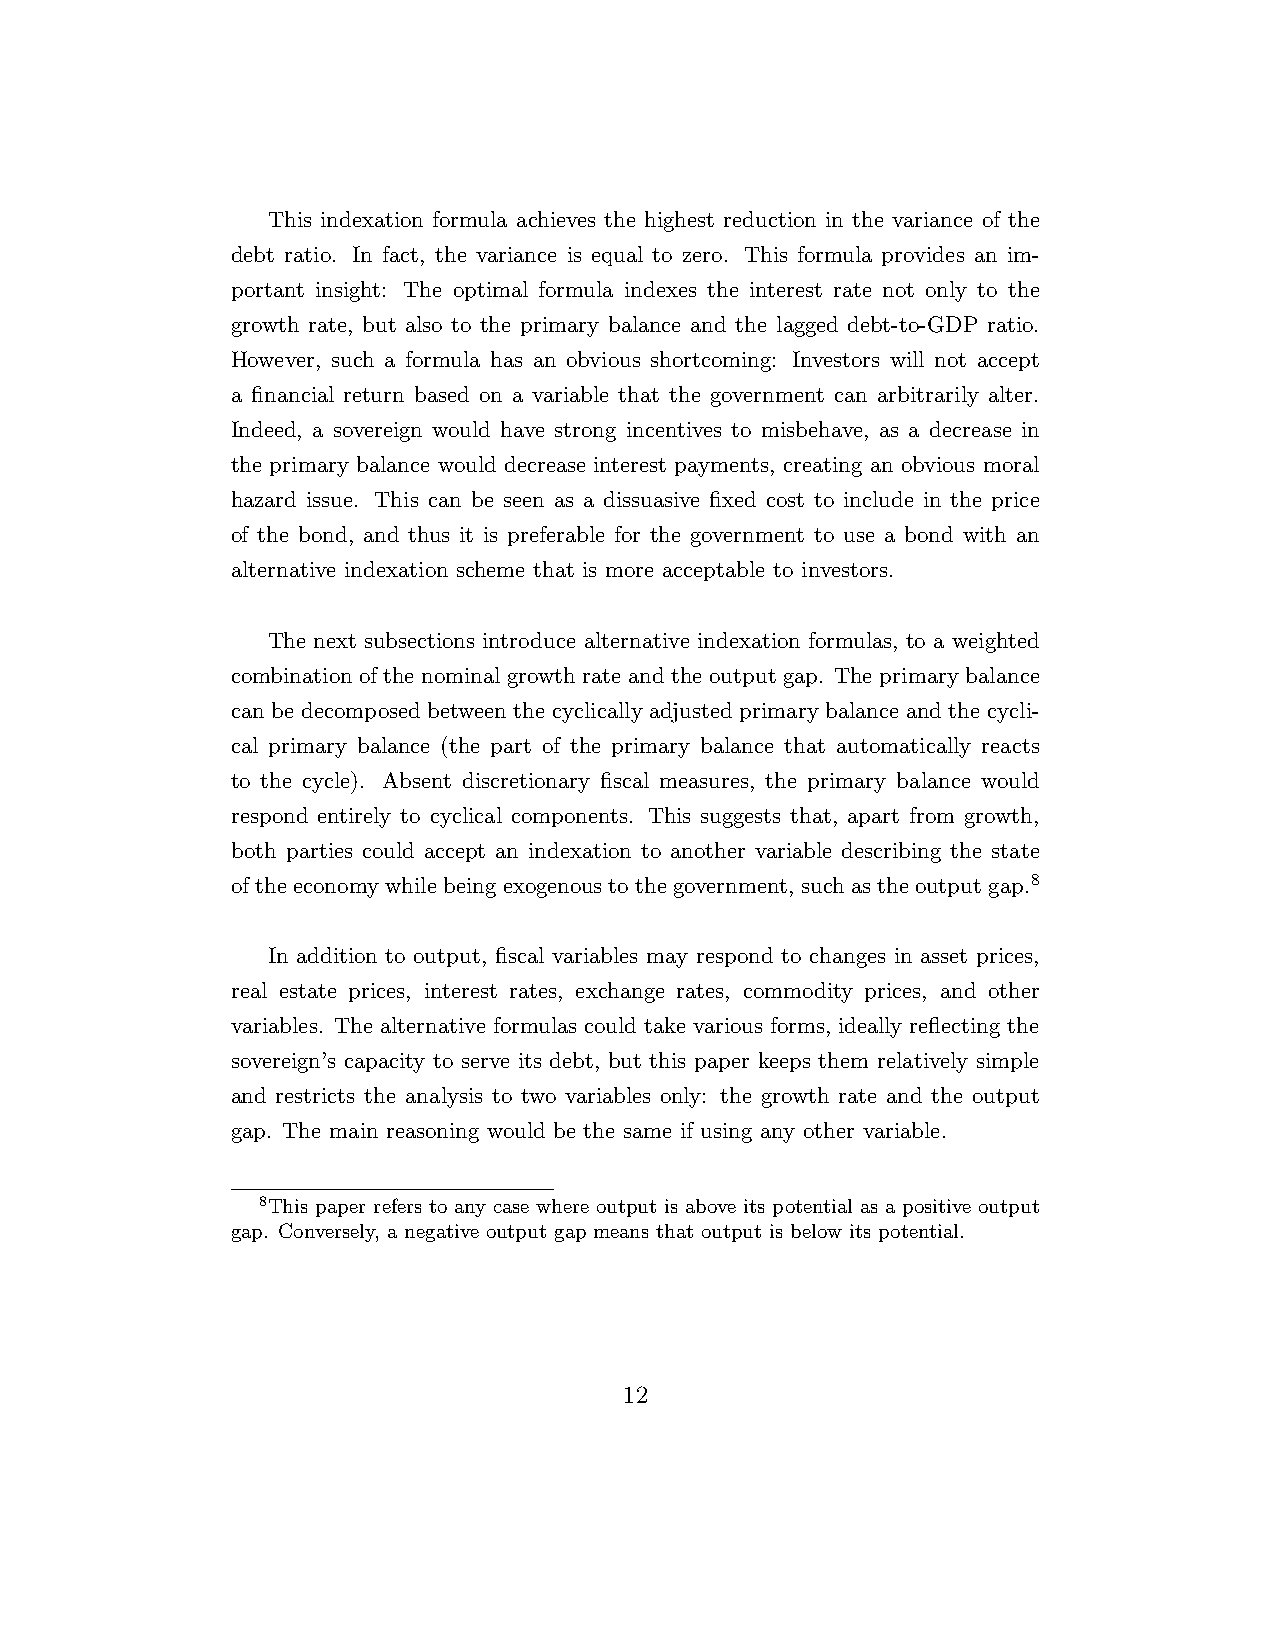
This indexation formula achieves the highest reduction in the variance of the
 debt ratio. In fact, the variance is equal to zero. This formula provides an im-
 portant insight: The optimal formula indexes the interest rate not only to the
 growth rate, but also to the primary balance and the lagged debt-to-GDP ratio.
 However, such a formula has an obvious shortcoming: Investors will not accept
 a financial return based on a variable that the government can arbitrarily alter.
 Indeed, a sovereign would have strong incentives to misbehave, as a decrease in
 the primary balance would decrease interest payments, creating an obvious moral
 hazard issue. This can be seen as a dissuasive fixed cost to include in the price
 of the bond, and thus it is preferable for the government to use a bond with an
 alternative indexation scheme that is more acceptable to investors.
 The next subsections introduce alternative indexation formulas, to a weighted
 combination of the nominal growth rate and the output gap. The primary balance
 can be decomposed between the cyclically adjusted primary balance and the cycli-
 cal primary balance (the part of the primary balance that automatically reacts
 to the cycle). Absent discretionary fiscal measures, the primary balance would
 respond entirely to cyclical components. This suggests that, apart from growth,
 both parties could accept an indexation to another variable describing the state
 oftheeconomywhilebeingexogenoustothegovernment, suchastheoutputgap.8
 In addition to output, fiscal variables may respond to changes in asset prices,
 real estate prices, interest rates, exchange rates, commodity prices, and other
 variables. The alternative formulas could take various forms, ideally reflecting the
 sovereign’s capacity to serve its debt, but this paper keeps them relatively simple
 and restricts the analysis to two variables only: the growth rate and the output
 gap. The main reasoning would be the same if using any other variable.
 8This paper refers to any case where output is above its potential as a positive output
 gap. Conversely, a negative output gap means that output is below its potential.
 12